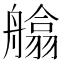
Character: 𦪙